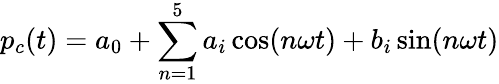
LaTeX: p_{c}(t)=a_{0}+\sum_{n=1}^{5}a_{i}\cos(n\omega t)+b_{i}\sin(n\omega t)